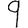
Digit: 9